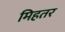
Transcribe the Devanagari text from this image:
मिहतर